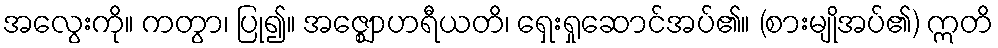
အလွေးကို။ ကတွာ၊ ပြု၍။ အဇ္ဈောဟရီယတိ၊ ရှေးရှုဆောင်အပ်၏။ (စားမျိုအပ်၏) ဣတိ